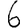
Digit: 6